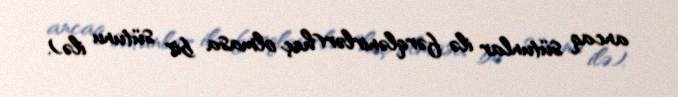
ancaq sütunlar ilə fərqlənirlər(heç olmasa bir sütunu ilə).